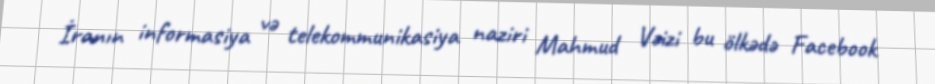
İranın informasiya və telekommunikasiya naziri Mahmud Vəizi bu ölkədə Facebook